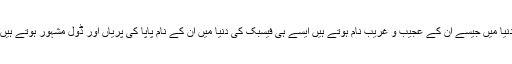
دنیا میں جیسے ان کے عجیب و غریب نام ہوتے ہیں ایسے ہی فیسبک کی دنیا میں ان کے نام پاپا کی پریاں اور ڈول مشہور ہوتے ہیں۔